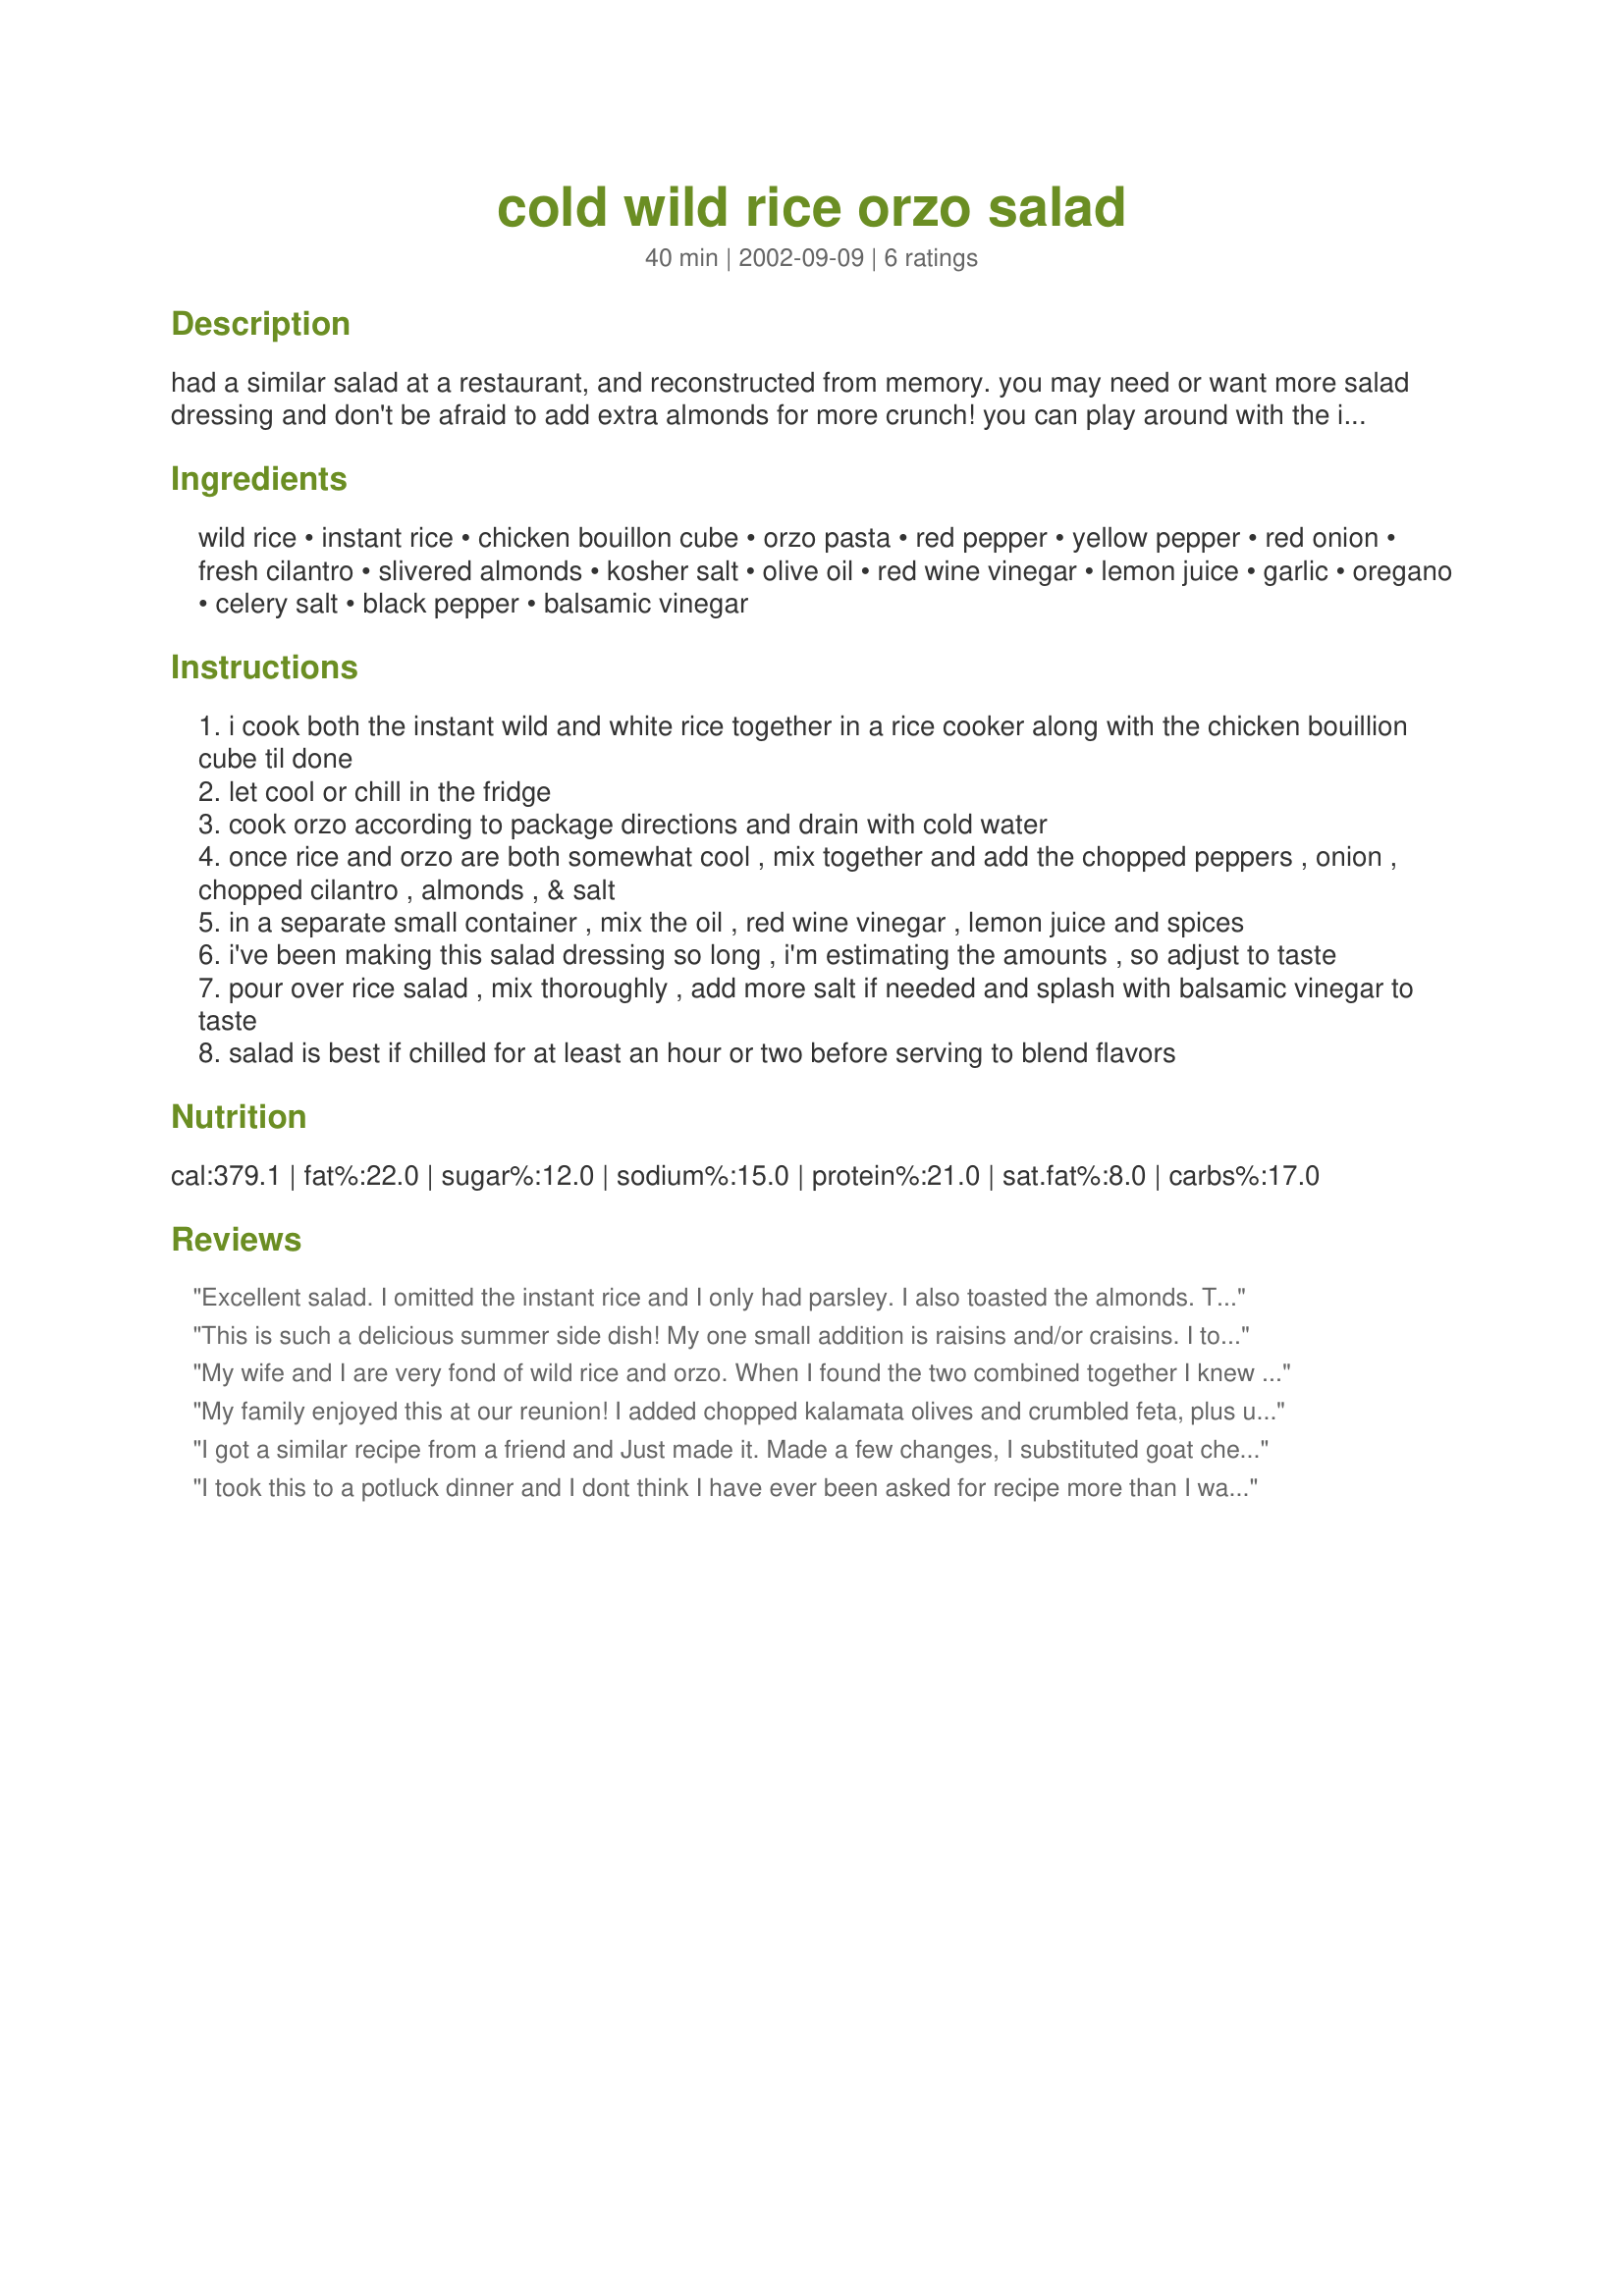
cold wild rice orzo salad
Preparation time: 40 minutes

had a similar salad at a restaurant, and reconstructed from memory. you may need or want more salad dressing and don't be afraid to add extra almonds for more crunch! you can play around with the ingredient quantities as well.

Ingredients:
wild rice, instant rice, chicken bouillon cube, orzo pasta, red pepper, yellow pepper, red onion, fresh cilantro, slivered almonds, kosher salt, olive oil, red wine vinegar, lemon juice, garlic, oregano, celery salt, black pepper, balsamic vinegar

Steps:
i cook both the instant wild and white rice together in a rice cooker along with the chicken bouillion cube til done
let cool or chill in the fridge
cook orzo according to package directions and drain with cold water
once rice and orzo are both somewhat cool , mix together and add the chopped peppers , onion , chopped cilantro , almonds , & salt
in a separate small container , mix the oil , red wine vinegar , lemon juice and spices
i've been making this salad dressing so long , i'm estimating the amounts , so adjust to taste
pour over rice salad , mix thoroughly , add more salt if needed and splash with balsamic vinegar to taste
salad is best if chilled for at least an hour or two before serving to blend flavors

Reviews:
Excellent salad. I omitted the instant rice and I only had parsley. I also toasted the almonds. This was simple, very tasty and a big hit.
This is such a delicious summer side dish! My one small addition is raisins and/or craisins. I toss a handful or two into the rice during the last 5 minutes of cooking to soften them up a bit. I love the extra bit of sweetness the fruit adds. We usually serve this salad as a side dish with grilled chicken. Mixing leftover chicken in with the rice makes for a great lunch the next day too!
My wife and I are very fond of wild rice and orzo. When I found the two combined together I knew this was a keeper. The only addition I made to the recipe was some black sliced olives. Outstanding, especially during the summer time. Thanks!!!!!
My family enjoyed this at our reunion! I added chopped kalamata olives and crumbled feta, plus used a rice/grain mix instead of wild rice. Definitely toast the almonds, and I used at least 2 T balsamic vinegar plus some extra S&amp;P. Nice crunchy and refreshing salad. Traveled well, too.
I got a similar recipe from a friend and Just made it. Made a few changes, I substituted goat cheese for feta, and raspberry red wine vinegar. I also roasted the peppers before adding them.
I took this to a potluck dinner and I dont think I have ever been asked for recipe more than I was for this one. I did make a few convienence changes - I used a box of long grain/wild rice blend and I accidently added the seasoning packet before I realized what I had done, so I left out the boullion cube. Also, instead of making my own vinagrette I used Archer Farms balsamic vinegrette. This was such a hit that I took it to Easter dinner at my mother's house and I had the same response - this is a fantastic recipe and I am so glad that you shared it. I did try this salad warm as well, and it was JUST as good!
